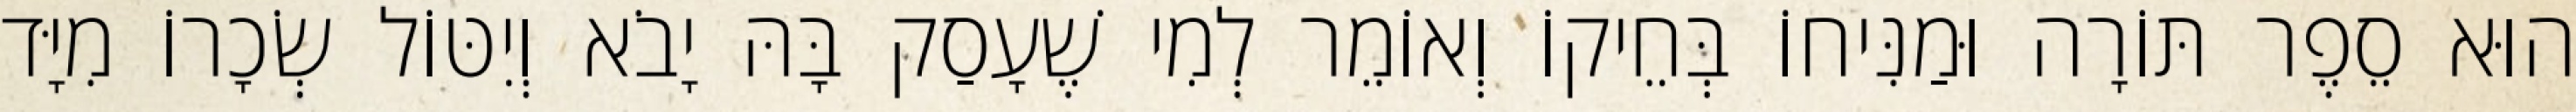
הוּא סֵפֶר תּוֹרָה וּמַנִּיחוֹ בְּחֵיקוֹ וְאוֹמֵר לְמִי שֶׁעָסַק בָּהּ יָבֹא וְיִטּוֹל שְׂכָרוֹ מִיָּד